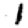
Digit: 1